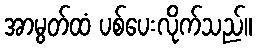
အာမွတ်ထံ ပစ်ပေးလိုက်သည်။